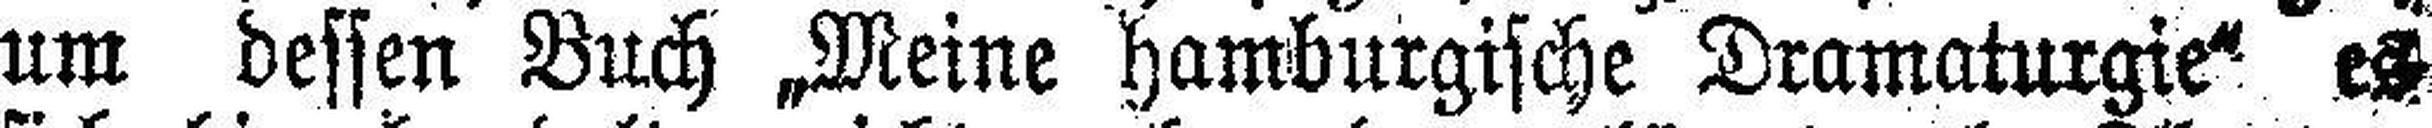
um dessen Buch „Meine hamburgische Dramaturgie“ es